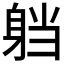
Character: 𮜴